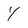
Character: Y